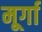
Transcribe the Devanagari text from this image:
मूर्गा